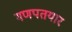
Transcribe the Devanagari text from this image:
गणपतयार